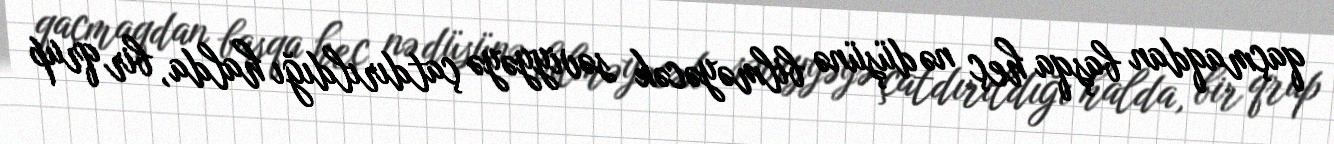
qaçmaqdan başqa heç nə düşünə bilməyəcək səviyyəyə çatdırıldığı halda, bir qrup